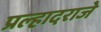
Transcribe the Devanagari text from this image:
प्रल्हादराजे